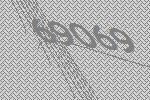
69069